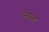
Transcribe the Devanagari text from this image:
नेकता